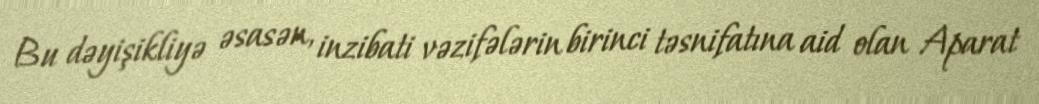
Bu dəyişikliyə əsasən, inzibati vəzifələrin birinci təsnifatına aid olan Aparat